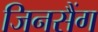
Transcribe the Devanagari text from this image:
जिनसैंग